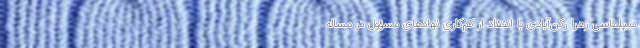
دیپلماسی زهرا رکن‌آبادی با انتقاد از کم‌کاری نهادهای مسؤول در مساله